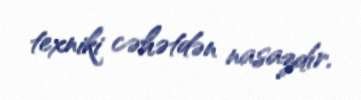
texniki cəhətdən nasazdır.